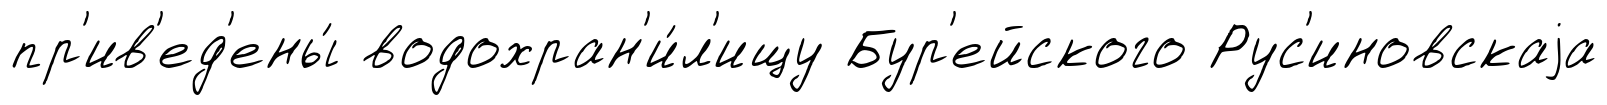
пр'ив'ед'ены́ водохран'и́л'ищу Бур'ейского Рус'иновскаjа